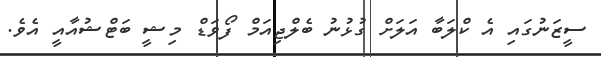
ސީޒަނުގައި އެ ކްލަބާ އަލަށް ގުޅުނު ބެލްޖިއަމް ފޯވަޑް މިޝީ ބަޓްޝުއާއީ އެވެ.